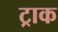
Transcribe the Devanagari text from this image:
ट्राक